Scottish Leaving Certificate Examination, 1959
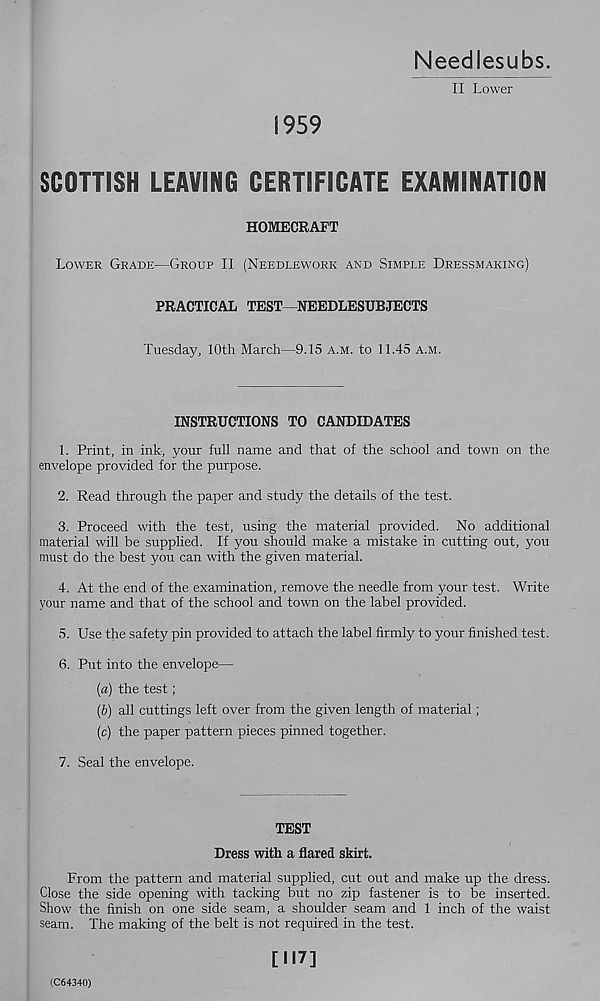
Needlesubs.
II Lower
1959
SCOTTISH LEAVING CERTIFICATE EXAMINATION
HOMECRAFT
Lower Grade—Group II (Needlework and Simple Dressmaking)
PRACTICAL TEST—NEEDLESUBJECTS
Tuesday, 10th March—9.15 a.m. to 11.45 a.m.
INSTRUCTIONS TO CANDIDATES
1. Print, in ink, your full name and that of the school and town on the
envelope provided for the purpose.
2. Read through the paper and study the details of the test.
3. Proceed with the test, using the material provided. No additional
material will be supplied. If you should make a mistake in cutting out, you
must do the best you can with the given material.
4. At the end of the examination, remove the needle from your test. Write
your name and that of the school and town on the label provided.
5. Use the safety pin provided to attach the label firmly to your finished test.
6. Put into the envelope—
(a) the test;
(b) all cuttings left over from the given length of material;
(c) the paper pattern pieces pinned together.
7. Seal the envelope.
TEST
Dress with a flared skirt.
From the pattern and material supplied, cut out and make up the dress.
Close the side opening with tacking but no zip fastener is to be inserted.
Show the finish on one side seam, a shoulder seam and 1 inch of the waist
seam. The making of the belt is not required in the test.
[ 117]
(C64340)